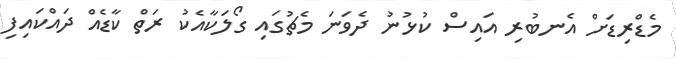
މެޑްރިޑަށް އެނބުރި އައިސް ކުޅުނު ދެވަނަ މެޗުގައި ގޯލަކާއެކު ރަތް ކާޑެއް ދައްކައިފި